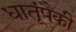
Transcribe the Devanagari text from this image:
धातूंपैकी